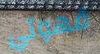
قهوتي